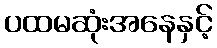
ပထမဆုံးအနေနှင့်